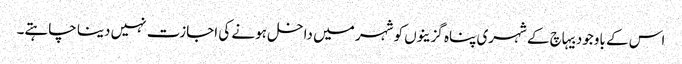
اس کے باوجود بیہاچ کے شہری پناہ گزینوں کو شہر میں داخل ہونے کی اجازت نہیں دینا چاہتے۔